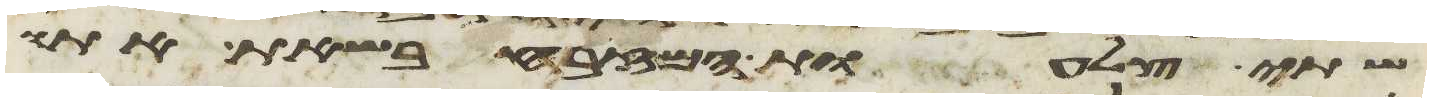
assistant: שתי צלעות המזבח בשאת אתו